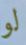
لو